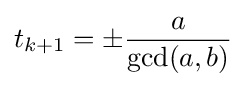
t_{k+1}=\pm {\frac {a}{\gcd(a,b)}}